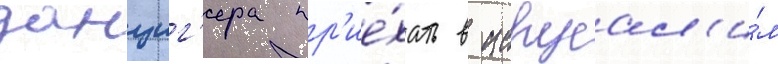
данциг'ера пр'ие́хать в иерусал'и́м